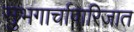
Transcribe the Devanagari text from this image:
सुभगार्चापारिजात